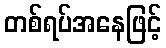
တစ်ရပ်အနေဖြင့်